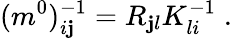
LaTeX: (m^{0})_{i\mathbf{j}}^{-1}=R_{\mathbf{j}l}K_{li}^{-1}\; .